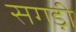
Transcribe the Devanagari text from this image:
सगड़ी